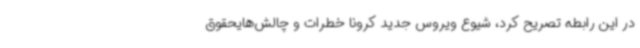
در این رابطه تصریح کرد، شیوع ویروس جدید کرونا خطرات و چالش‌هایحقوق